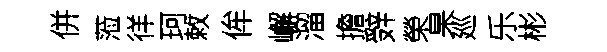
併蒞徉珂敕侔嶰溜擔辤榮杲廵乐彬